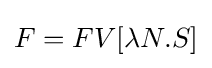
F=FV[\lambda N.S]